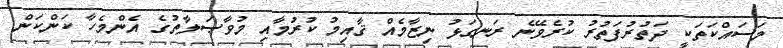
މަސައްކަތަކީ ދަތުރުފަތުރު ކުރެވޭނެ ރަނގަޅު ނިޒާމެއް ޤާއިމު ކުރުމާއި މުވާޞަލާތުގެ އެންމެހާ ކަންކަން